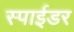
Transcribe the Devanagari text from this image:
स्पाईडर